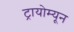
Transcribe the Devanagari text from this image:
ट्रायोम्यून